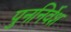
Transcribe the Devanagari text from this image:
पुननिर्वेश